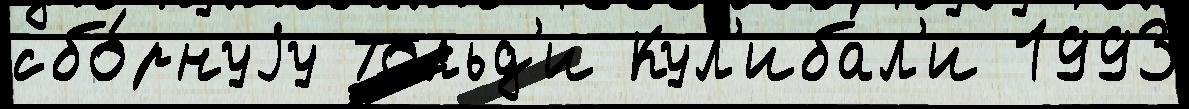
сбо́рнуjу Тольд'и Кул'ибал'и 1993